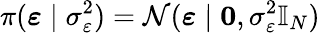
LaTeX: \pi(\boldsymbol{\varepsilon}\mid\sigma_{\varepsilon}^{2})=\mathcal{N}(\boldsymbol{\varepsilon}\mid\boldsymbol{0},\sigma_{\varepsilon}^{2}\mathbb{I}_{N})